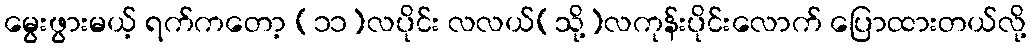
မွေးဖွားမယ့် ရက်ကတော့ (၁၁)လပိုင်း လလယ်(သို့)လကုန်းပိုင်းလောက် ပြောထားတယ်လို့